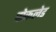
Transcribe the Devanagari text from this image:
पोकलेड